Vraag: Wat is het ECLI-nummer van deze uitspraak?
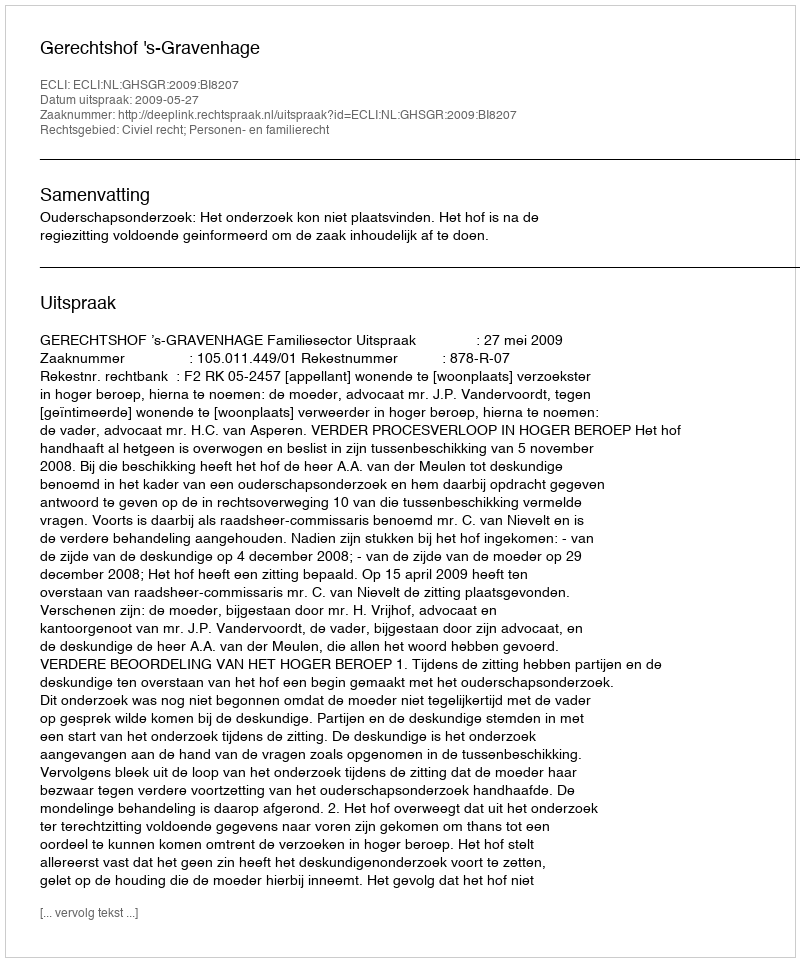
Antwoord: ECLI:NL:GHSGR:2009:BI8207